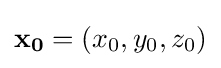
\mathbf {x_{0}} =(x_{0},y_{0},z_{0})